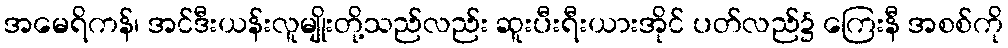
အမေရိကန်၊ အင်ဒီးယန်းလူမျိုးတို့သည်လည်း ဆူးပီးရီးယားအိုင် ပတ်လည်၌ ကြေးနီ အစစ်ကို